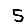
Digit: 5